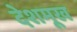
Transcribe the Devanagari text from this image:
देशमूख